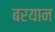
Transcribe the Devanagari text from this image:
बरयान